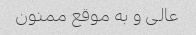
عالی و به موقع ممنون